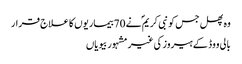
وہ پھل جس کو نبی کریم ؐ نے 70بیماریوں کا علاج قرار
بالی ووڈ کے ہیروز کی غیر مشہور بیویاں